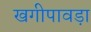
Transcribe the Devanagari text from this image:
खगीपावड़ा